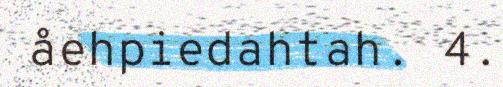
åehpiedahtah. 4.